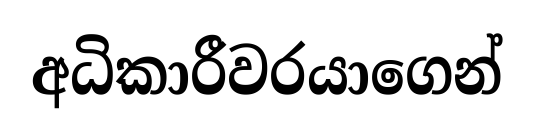
අධිකාරීවරයාගෙන්